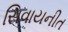
સિવાયનીત